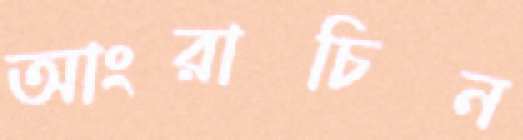
আংরাচিন